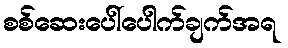
စစ်ဆေးပေါ်ပေါက်ချက်အရ